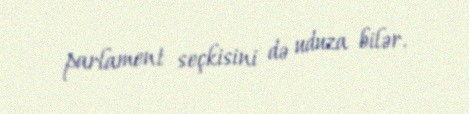
parlament seçkisini də uduza bilər.